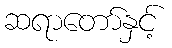
ဆရာတော်နှင့်